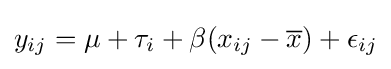
y_{ij}=\mu +\tau _{i}+\beta (x_{ij}-{\overline {x}})+\epsilon _{ij}